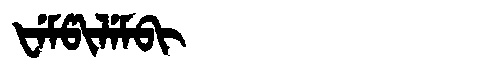
Manchu: ᡶᡝᠮᡦᡳᠯᡝᠮᠪᡳ
Romanization: FEMPILEMBI